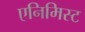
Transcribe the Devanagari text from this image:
एनिमिस्ट